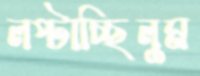
লপ্‌টাচ্ছিলুম